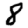
Digit: 8